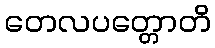
တေလပတ္တောတိ